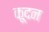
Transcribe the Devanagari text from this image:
कूदन